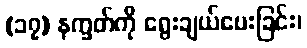
(၁၇) နက္ခတ်ကို ရွေးချယ်ပေးခြင်း၊